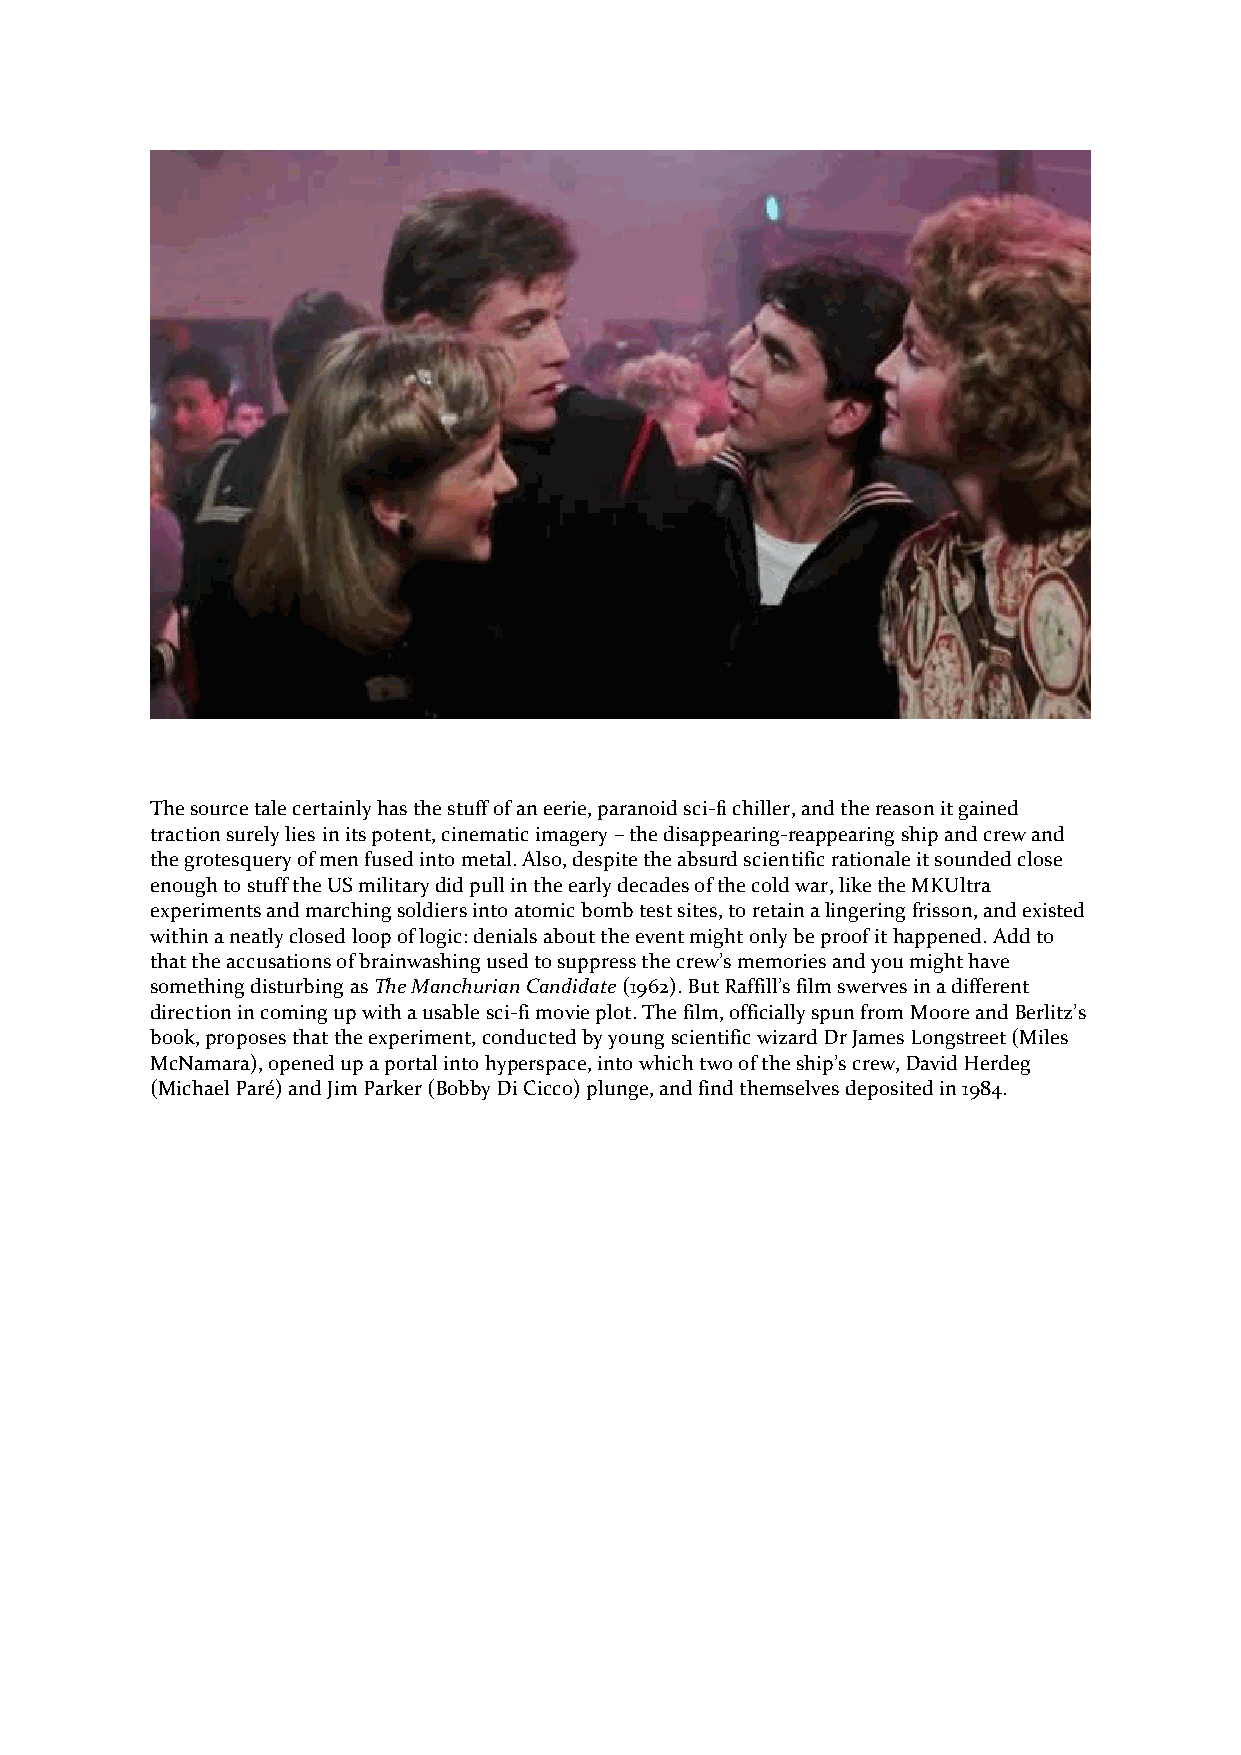
The source tale certainly has the stuff of an eerie, paranoid sci-fi chiller, and the reason it gained
 traction surely lies in its potent, cinematic imagery – the disappearing-reappearing ship and crew and
 the grotesquery of men fused into metal. Also, despite the absurd scientific rationale it sounded close
 enough to stuff the US military did pull in the early decades of the cold war, like the MKUltra
 experiments and marching soldiers into atomic bomb test sites, to retain a lingering frisson, and existed
 within a neatly closed loop of logic: denials about the event might only be proof it happened. Add to
 that the accusations of brainwashing used to suppress the crew’s memories and you might have
 something disturbing as The Manchurian Candidate (1962). But Raffill’s film swerves in a different
 direction in coming up with a usable sci-fi movie plot. The film, officially spun from Moore and Berlitz’s
 book, proposes that the experiment, conducted by young scientific wizard Dr James Longstreet (Miles
 McNamara), opened up a portal into hyperspace, into which two of the ship’s crew, David Herdeg
 (Michael Paré) and Jim Parker (Bobby Di Cicco) plunge, and find themselves deposited in 1984.